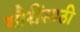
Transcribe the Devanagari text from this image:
गौरींसाठी